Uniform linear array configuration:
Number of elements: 4
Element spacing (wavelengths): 0.25
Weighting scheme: cosine
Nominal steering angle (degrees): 15
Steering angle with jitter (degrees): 15.447
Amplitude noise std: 0.05
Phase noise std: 0.05

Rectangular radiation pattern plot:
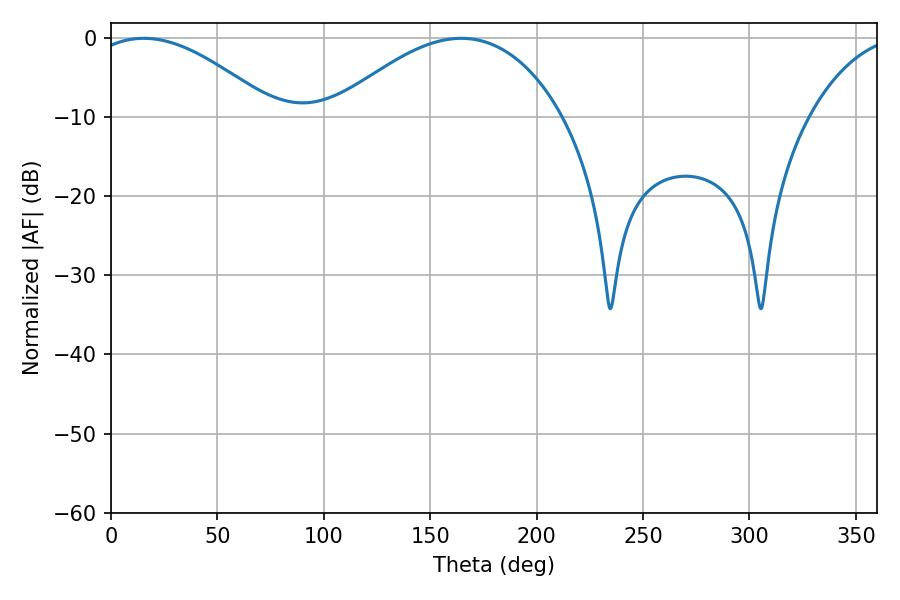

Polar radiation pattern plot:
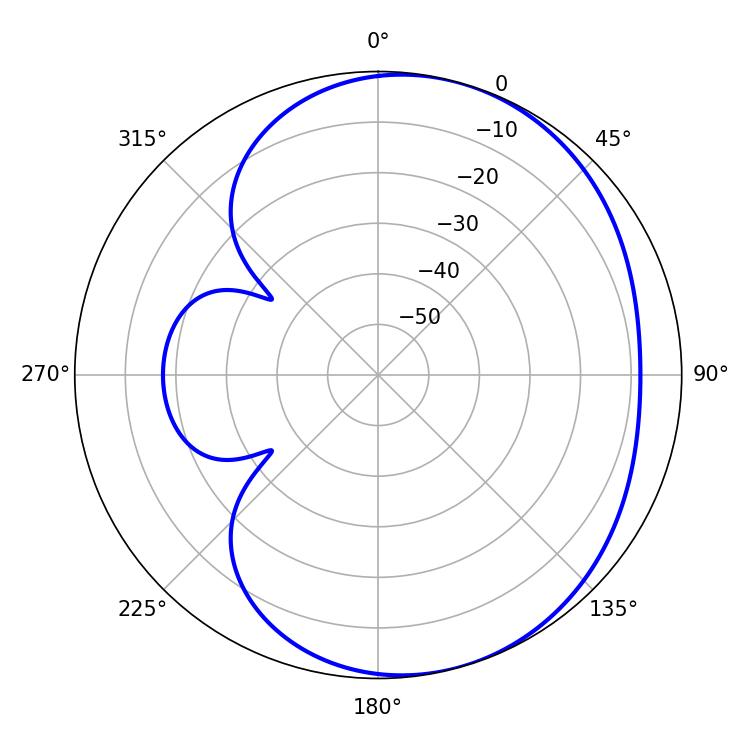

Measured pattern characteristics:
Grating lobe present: FALSE
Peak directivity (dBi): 4.349
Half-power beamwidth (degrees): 47.88
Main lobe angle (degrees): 15.48